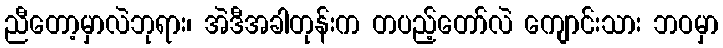
ညီတော့မှာလဲဘုရား၊ အဲဒီအခါတုန်းက တပည့်တော်လဲ ကျောင်းသား ဘဝမှာ